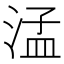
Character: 𬈂